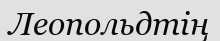
Леопольдтің